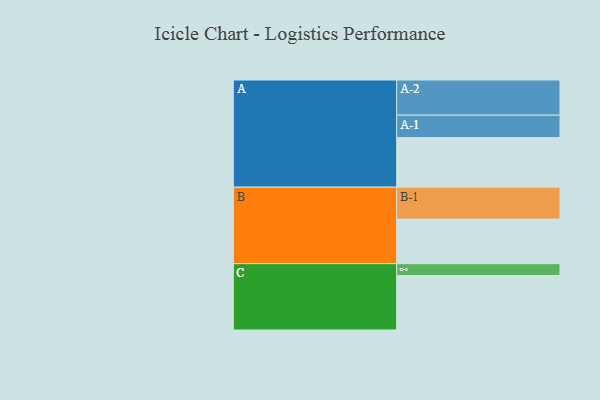
{"axis": {"x": "Segment", "y": "Value"}, "legend": ["", "A", "B", "C"], "data": [{"x": "A", "y": 410, "type": ""}, {"x": "B", "y": 369, "type": ""}, {"x": "C", "y": 451, "type": ""}, {"x": "A-1", "y": 186, "type": "A"}, {"x": "A-2", "y": 291, "type": "A"}, {"x": "B-1", "y": 264, "type": "B"}, {"x": "C-1", "y": 98, "type": "C"}]}